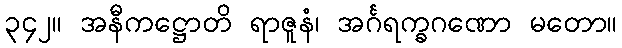
၃၄၂။ အနီကဋ္ဌောတိ ရာဇူနံ၊ အင်္ဂရက္ခဂဏော မတော။